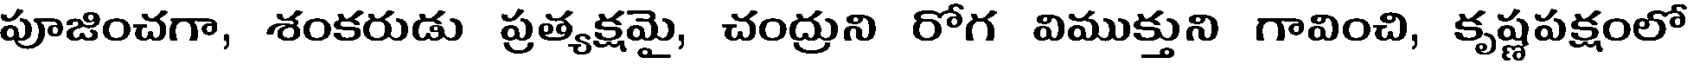
పూజించగా, శంకరుడు ప్రత్యక్షమై, చంద్రుని రోగ విముక్తుని గావించి, కృష్ణపక్షంలో